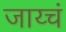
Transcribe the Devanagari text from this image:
जाय्चं